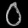
Digit: ၀